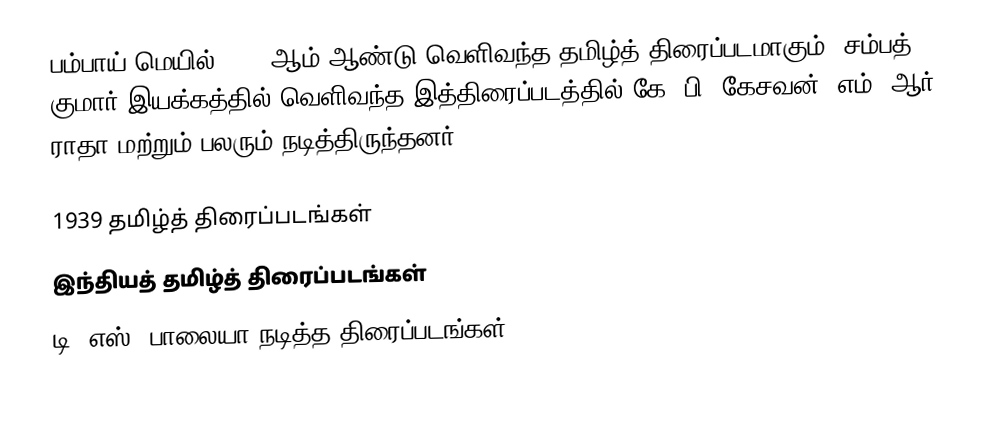
பம்பாய் மெயில் 1939 ஆம் ஆண்டு வெளிவந்த தமிழ்த் திரைப்படமாகும். சம்பத் குமார் இயக்கத்தில் வெளிவந்த இத்திரைப்படத்தில் கே. பி. கேசவன், எம். ஆர். ராதா மற்றும் பலரும் நடித்திருந்தனர்.

1939 தமிழ்த் திரைப்படங்கள்
இந்தியத் தமிழ்த் திரைப்படங்கள்
டி. எஸ். பாலையா நடித்த திரைப்படங்கள்